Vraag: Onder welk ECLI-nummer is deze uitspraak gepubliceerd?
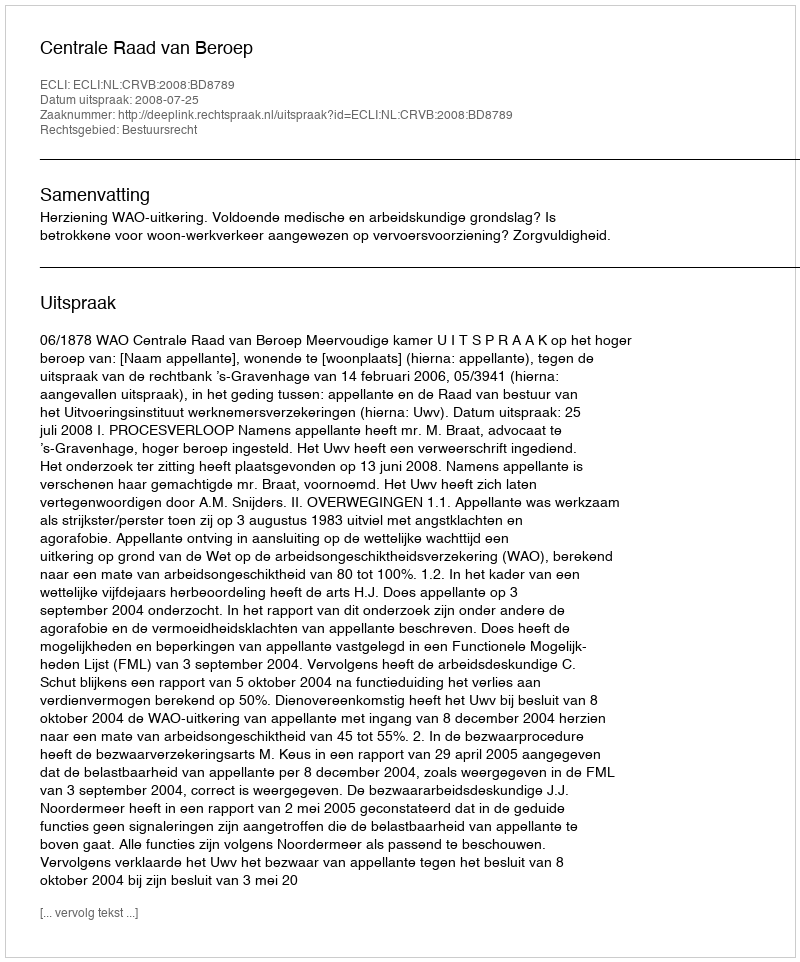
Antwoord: ECLI:NL:CRVB:2008:BD8789